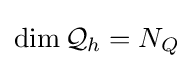
\dim {\mathcal {Q}}_{h}=N_{Q}